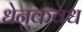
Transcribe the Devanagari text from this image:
धेनुकवध